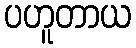
ပဟူတာယ